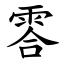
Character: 䨐